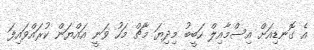
އެ ގޮނޑިއަށް އިސްމާއިލް ހަބީބު މިދިޔަ މާޗް މަހު ވަނީ އައްޔަން ކުރައްވައިފަ